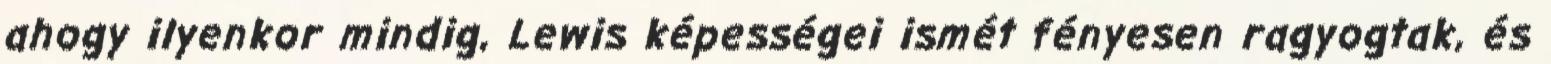
ahogy ilyenkor mindig, Lewis képességei ismét fényesen ragyogtak, és